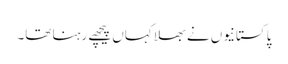
پاکستانیوں نے بھلا کہاں پیچھے رہنا تھا۔